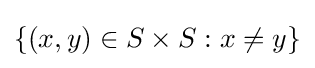
\{(x,y)\in S\times S:x\neq y\}